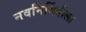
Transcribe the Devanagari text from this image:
नवनिर्मितीला